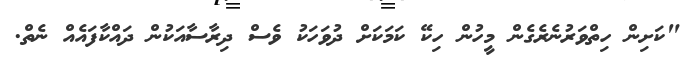
"ކަށިން ހިތްވަރުނެރެގެން މީހުން ހިކޭ ކަމަކަށް ދުވަހަކު ވެސް ދިރާސާއަކުން ދައްކާފައެއް ނެތް.